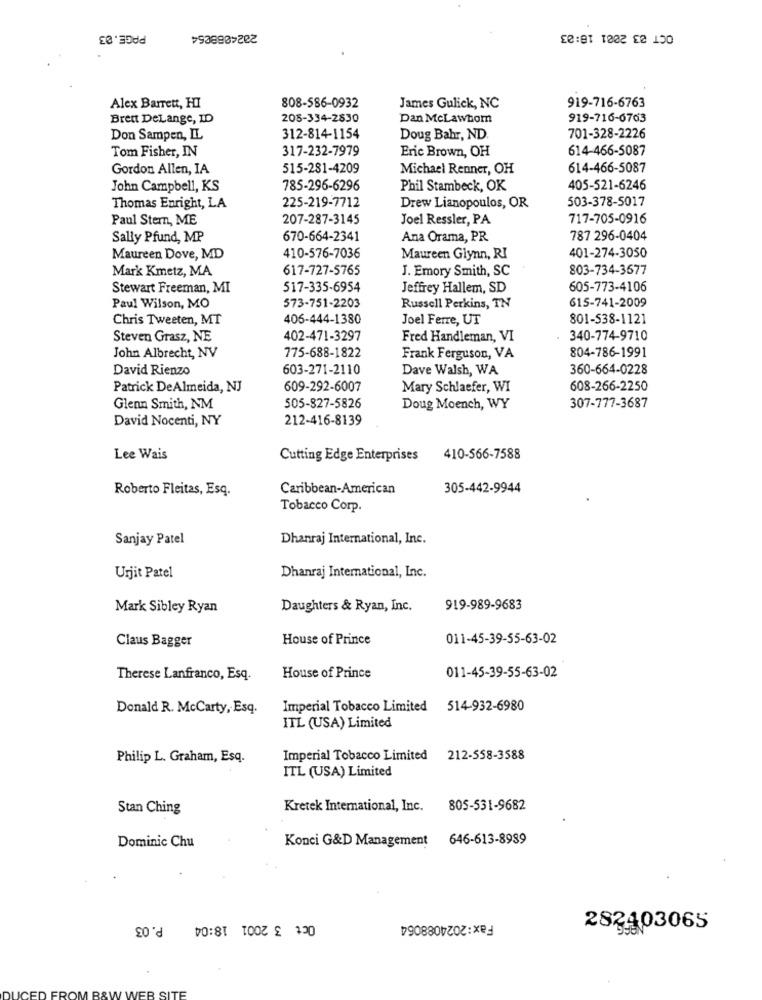
PAGE.03
2024068054
OCT 03 2001 18:03
808-586-0932
919-716-6763
Alex Barrett, HI
James Gulick, NC
Brett DeLange, ID
205-334-2830
Dan McLawhom
919-716-6763
Don Sampen, IL
312-814-1154
Doug Bahr, ND
701-328-2226
317-232-7979
Eric Brown, OH
614-466-5087
Tom Fisher, IN
Gordon Allen, IA
515-281-4209
Michael Renner, OH
614-466-5087
John Campbell, KS
785-296-6296
Phil Stambeck, OK
405-521-6246
503-378-5017
Thomas Enright, LA
225-219-7712
Drew Lianopoulos, OR
Paul Stern, ME
207-287-3145
Joel Ressler, PA
717-705-0916
Sally Pfund, MP
670-664-2341
Ana Orama, PR.
787 296-0404
Maureen Dove, MD
410-576-7036
Maureen Glynn, RI
401-274-3050
Mark Kmetz, MA
617-727-5765
J. Emory Smith, SC
803-734-3677
Stewart Freeman, MI
517-335-6954
Jeffrey Hallem, SD
605-773-4106
615-741-2009
Paul Wilson, MO
573-751-2203
Russell Perkins, TN
Chris Tweeten, MT
406-444-1380
Joel Ferre, UT
801-538-1121
Steven Grasz, NE
402-471-3297
Fred Handleman, VI
340-774-9710
John Albrecht, NV
775-688-1822
Frank Ferguson, VA
804-786-1991
David Rienzo
603-271-2110
Dave Walsh, WA
360-664-0228
Patrick DeAlmeida, NJ
609-292-6007
Mary Schlaefer, WI
608-266-2250
Glenn Smith, NM
505-827-5826
Doug Moench, WY
307-777-3687
David Nocenti, NY
212-416-8139
Lee Wais
Cutting Edge Enterprises
410-566-7588
Roberto Fleitas, Esq.
Caribbean-American
305-442-9944
Tobacco Corp.
Sanjay Patel
Dhanraj International, Inc.
Urjit Patel
Dhanraj International, Inc.
Mark Sibley Ryan
Daughters & Ryan, Inc.
919-989-9683
Claus Bagger
House of Prince
011-45-39-55-63-02
011-45-39-55-63-02
Therese Lanfranco, Esq.
House of Prince
Donald R. McCarty, Esq.
Imperial Tobacco Limited 514-932-6980
ITL (USA) Limited
Philip L. Graham, Esq.
Imperial Tobacco Limited
212-558-3588
ITL (USA) Limited
Stan Ching
Kretek International, Inc.
805-531-9682
Konci G&D Management 646-613-8989
Dominic Chu
Oct 3 2001 18:04 P.03
Fax:2024088064
283403065
IEB